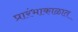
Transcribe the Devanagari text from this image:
प्रारंभाकाळात